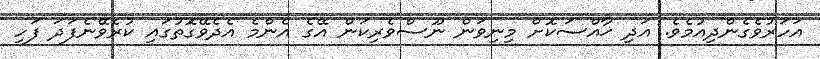
އަހަރުވެގެންދިއުމެވެ. އަދި ޚާއްސަކޮށް މިނިވަން ނޫސްވެރިކަން އޭގެ އެންމެ އެދެވޭގޮތުގައި ކުރެވޭނެފަދަ ފަހި